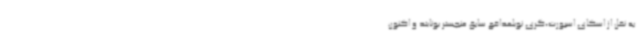
به نقل از اسکای اسپورت،گری نویلمدافع سابق منچستر یونایتد و اکنون